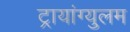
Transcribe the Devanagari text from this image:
ट्रायांग्युलम